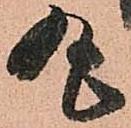
丸